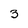
Character: 3